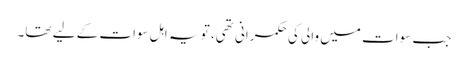
جب سوات میں والی کی حکمرانی تھی، تو یہ اہلِ سوات کے لیے تھا۔